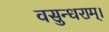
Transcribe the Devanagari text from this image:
वसुन्धराम्।